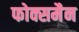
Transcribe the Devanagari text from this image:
फोक्समैन